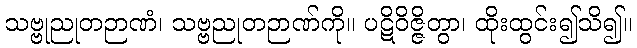
သဗ္ဗုညုတဉာဏံ၊ သဗ္ဗညုတဉာဏ်ကို။ ပဋိဝိဇ္ဇိတွာ၊ ထိုးထွင်း၍သိ၍။